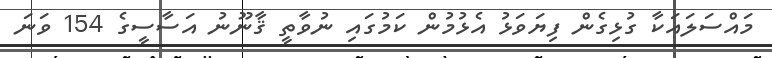
މައްސަލައަކާ ގުޅިގެން ފިޔަވަޅު އެޅުމުން ކަމުގައި ނުވާތީ ޤާނޫނު އަސާސީގެ 154 ވަނަ